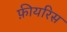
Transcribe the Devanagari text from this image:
फ़ीयरिस